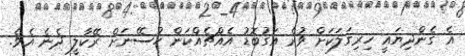
އެ ގެންދިޔައީ ހިރިގަލަކަށް ވުރެ އަގުބޮޑު އެއްޗެއްކަން ހުސޭނަށް ރޭކާލީ ދެނެ އެވެ.